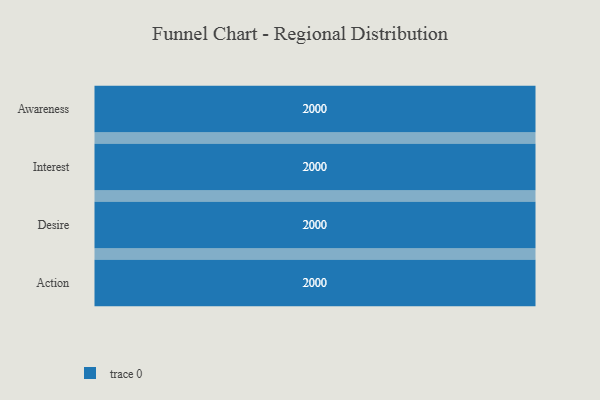
{"axis": {"x": "Stage", "y": "Value"}, "legend": [""], "data": [{"x": "Awareness", "y": 2000, "type": ""}, {"x": "Interest", "y": 2000, "type": ""}, {"x": "Desire", "y": 2000, "type": ""}, {"x": "Action", "y": 2000, "type": ""}]}